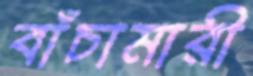
বাঁচামারী